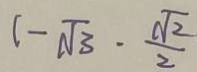
( - \sqrt { 3 } \cdot \frac { \sqrt { 2 } } { 2 }